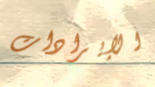
الإيرادات